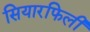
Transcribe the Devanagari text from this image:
सियारफिली